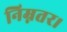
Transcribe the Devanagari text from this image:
निम्नतर।